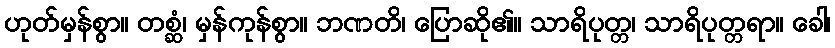
ဟုတ်မှန်စွာ။ တစ္ဆံ၊ မှန်ကုန်စွာ။ ဘဏတိ၊ ပြောဆို၏။ သာရိပုတ္တ၊ သာရိပုတ္တရာ။ ခေါ၊